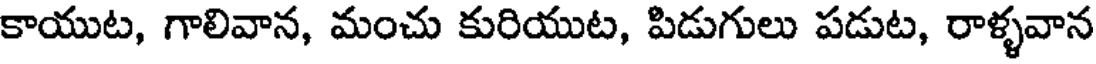
కాయుట, గాలివాన, మంచు కురియుట, పిడుగులు పడుట, రాళ్ళవాన